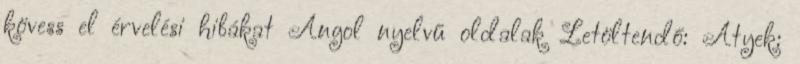
kövess el érvelési hibákat Angol nyelvű oldalak Letöltendő: Atyek: